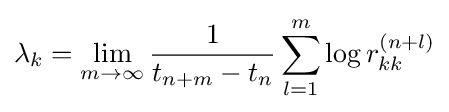
\lambda _{k}=\lim _{m\to \infty }{\frac {1}{t_{n+m}-t_{n}}}\sum _{l=1}^{m}\log r_{kk}^{(n+l)}